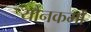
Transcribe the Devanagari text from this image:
यौनकर्मों